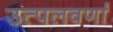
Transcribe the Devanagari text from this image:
उत्पलवर्णा